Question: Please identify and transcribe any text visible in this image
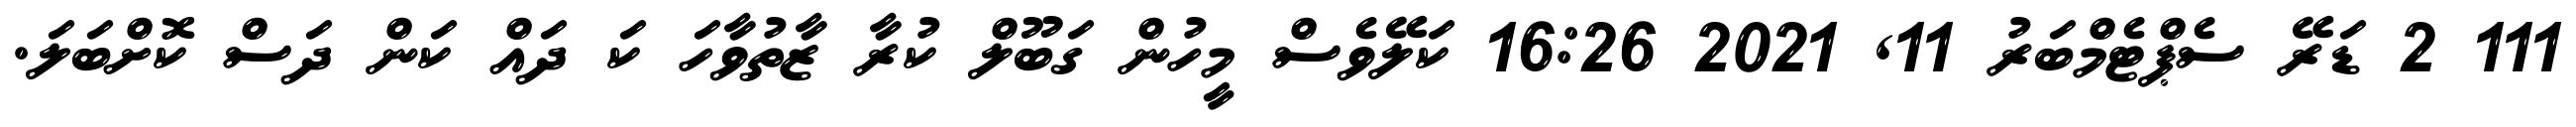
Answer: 111 2 ޑަރޭ ސެޕްޓެމްބަރު 11, 2021 16:26 ކަލޭވެސް މީހުން ގަބޫލް ކުރާ ޒާތުވާހަ ކަ ދައް ކަން ދަސް ކޮށްބަލަ.